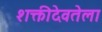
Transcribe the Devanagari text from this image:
शक्तीदेवतेला